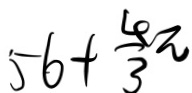
5 6 + \frac { 4 } { 3 } \pi